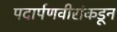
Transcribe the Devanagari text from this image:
पदार्पणवीरांकडून